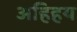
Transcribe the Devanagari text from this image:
अहिहय